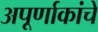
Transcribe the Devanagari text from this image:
अपूर्णाकांचे